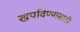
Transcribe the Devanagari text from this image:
खपविण्यासाठी